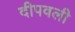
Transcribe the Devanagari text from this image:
दीपवली